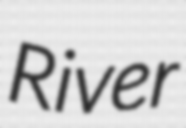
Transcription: River